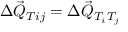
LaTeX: \Delta \vec { Q } _ { T i j } = \Delta \vec { Q } _ { T _ { i } T _ { j } }